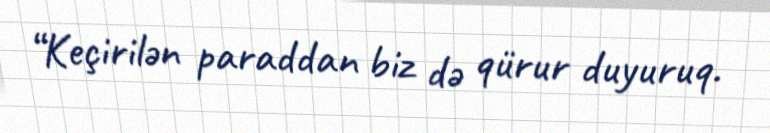
“Keçirilən paraddan biz də qürur duyuruq.